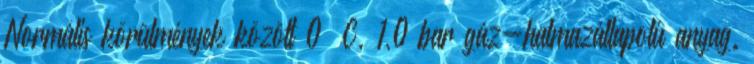
Normális körülmények között 0 °C, 1,0 bar gáz-halmazállapotú anyag.